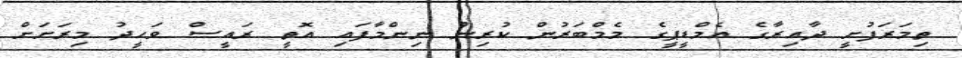
ތިމަރަފުށީ ދާއިރާގެ އެމްޑީޕީގެ މެމްބަރުން ކުރިން ނިންމާފައި އޮތީ ރައީސް ވަހީދު މިރަށަށް